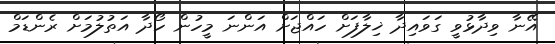
އޭނާ ވިދާޅުވީ ގަވައިދާ ޚިލާފަށް ހައްޖަށް އަންނަ މީހުން ހޯދާ އަތުލުމަށް ރެންޑަމް